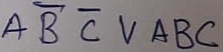
Text: ABCVABC